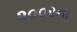
૨૦૦રના